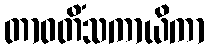
တာဝတိံသကာယိကာ